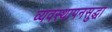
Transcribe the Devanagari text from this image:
व्यवस्थापनसुद्धा